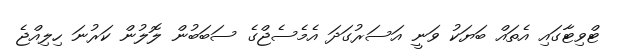
ޓްވިޓާގައި އެތައް ބަޔަކު ވަނީ އަސަރުގަދަ އެމެސެޖްގެ ސަބަބުން ލޮލުން ކަރުނަ ހިލިއްޖެ